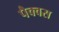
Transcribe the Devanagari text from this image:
पैक्वस